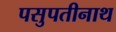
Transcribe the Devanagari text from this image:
पसुपतीनाथ